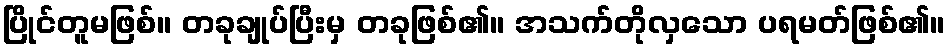
ပြိုင်တူမဖြစ်။ တခုချုပ်ပြီးမှ တခုဖြစ်၏။ အသက်တိုလှသော ပရမတ်ဖြစ်၏။